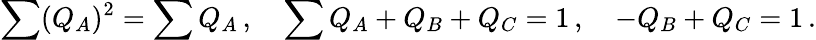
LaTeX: \sum(Q_{A})^{2}=\sum Q_{A}\, ,\quad\sum Q_{A}+Q_{B}+Q_{C}=1\, ,\quad-Q_{B}+Q_{C}=1\, .